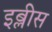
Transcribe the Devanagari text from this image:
इब्लीस